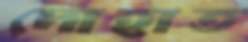
দোহাত